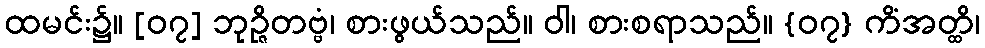
ထမင်း၌။ [၀၇] ဘုဉ္ဇိတဗ္ဗံ၊ စားဖွယ်သည်။ ဝါ၊ စားစရာသည်။ {၀၇} ကိံအတ္ထိ၊